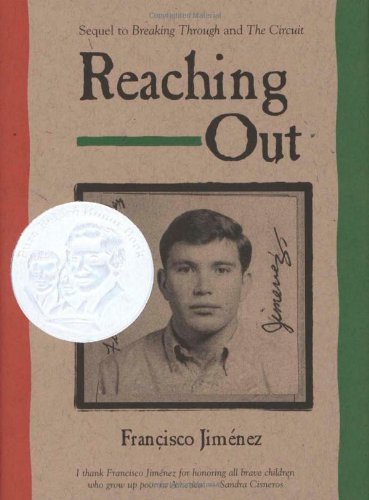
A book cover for Reaching Out; Francisco JimÃ©nez; Teen & Young Adult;